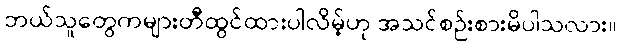
ဘယ်သူတွေကများတီထွင်ထားပါလိမ့်ဟု အသင်စဉ်းစားမိပါသလား။